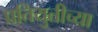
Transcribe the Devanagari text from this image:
प्रतियुतीच्या